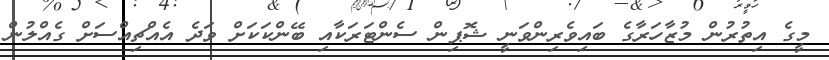
މީގެ އިތުރުން މުޒާހަރާގެ ބައިވެރިންވަނީ ޝޮޕިން ސެންޓަރަކާއި ބޭންކަކަށް ވަދެ އެއްޗިއްސަށް ގެއްލުން